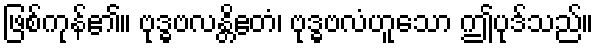
ဖြစ်ကုန်၏။ ဗုဒ္ဓဗလန္တိဧတံ၊ ဗုဒ္ဓဗလံဟူသော ဤပုဒ်သည်။